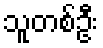
သူတစ်ဦး